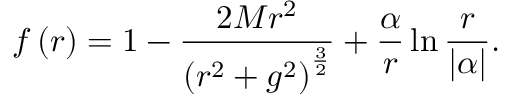
f \left( r \right) = 1 - \frac { 2 M r ^ { 2 } } { \left( r ^ { 2 } + g ^ { 2 } \right) ^ { \frac { 3 } { 2 } } } + \frac { \alpha } { r } \ln { \frac { r } { \vert \alpha \vert } } .